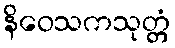
နိဝေသကသုတ္တံ